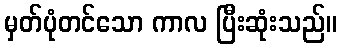
မှတ်ပုံတင်သော ကာလ ပြီးဆုံးသည်။